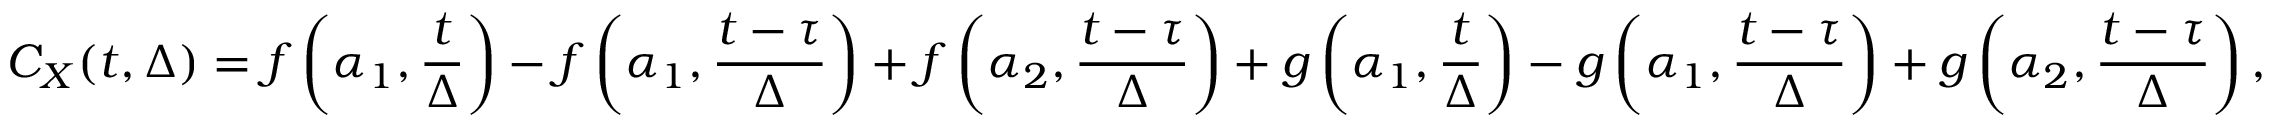
C _ { X } ( t , \Delta ) = f \left( \alpha _ { 1 } , \frac { t } { \Delta } \right) - f \left( \alpha _ { 1 } , \frac { t - \tau } { \Delta } \right) + f \left( \alpha _ { 2 } , \frac { t - \tau } { \Delta } \right) + g \left( \alpha _ { 1 } , \frac { t } { \Delta } \right) - g \left( \alpha _ { 1 } , \frac { t - \tau } { \Delta } \right) + g \left( \alpha _ { 2 } , \frac { t - \tau } { \Delta } \right) ,